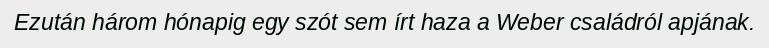
Ezután három hónapig egy szót sem írt haza a Weber családról apjának.